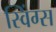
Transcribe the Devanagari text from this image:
स्विंग्स